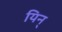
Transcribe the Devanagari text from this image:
यिन्